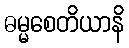
ဓမ္မစေတိယာနိ